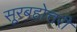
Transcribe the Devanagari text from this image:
सूरबहोत्तरी